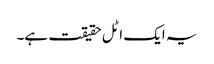
یہ ایک اٹل حقیقت ہے۔